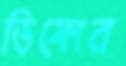
ডিফোর